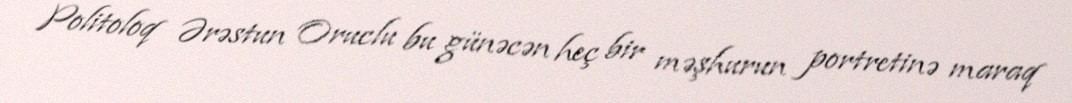
Politoloq Ərəstun Oruclu bu günəcən heç bir məşhurun portretinə maraq